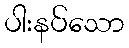
ပါးနပ်သော